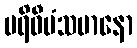
ပရိဝီမံသမာနော